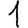
Digit: 1